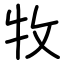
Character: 牧